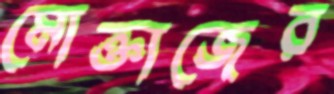
মোক্তাজের